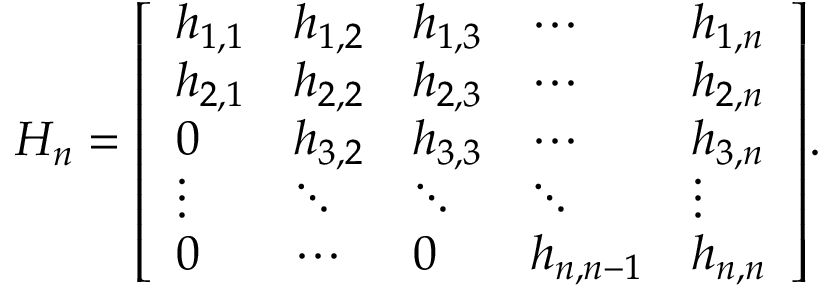
H _ { n } = { \left[ \begin{array} { l l l l l } { h _ { 1 , 1 } } & { h _ { 1 , 2 } } & { h _ { 1 , 3 } } & { \cdots } & { h _ { 1 , n } } \\ { h _ { 2 , 1 } } & { h _ { 2 , 2 } } & { h _ { 2 , 3 } } & { \cdots } & { h _ { 2 , n } } \\ { 0 } & { h _ { 3 , 2 } } & { h _ { 3 , 3 } } & { \cdots } & { h _ { 3 , n } } \\ { \vdots } & { \ddots } & { \ddots } & { \ddots } & { \vdots } \\ { 0 } & { \cdots } & { 0 } & { h _ { n , n - 1 } } & { h _ { n , n } } \end{array} \right] } .